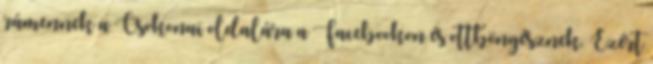
rámennek a Csokonai oldalára a Facebookon és ottböngésznek. Ezért